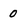
Character: 0